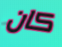
كان